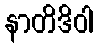
နာတိဒိဝါ